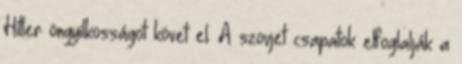
Hitler öngyilkosságot követ el. A szovjet csapatok elfoglalják a